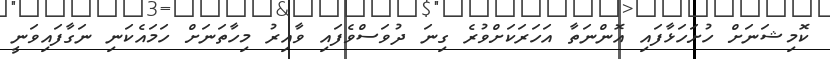
ކޮމިޝަނަށް ހުށަހަޅާފައި އޮންނަތާ އަހަރަކަށްވުރެ ގިނަ ދުވަސްވެފައި ވާއިރު މިހާތަނަށް ހަމައެކަނި ނަގާފައިވަނީ